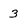
Character: 3